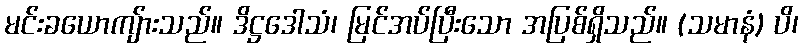
မင်းခယောကျ်ားသည်။ ဒိဋ္ဌဒေါသံ၊ မြင်အပ်ပြီးသော အပြစ်ရှိသည်။ (သမာနံ) ပိ၊